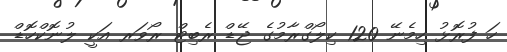
ހަ ފުރޮޅު ހިމެނޭ 120 ކިލޯގްރާމުގެ ޖޭޑް ރެބިޓް ރޯވަރ އަކީ ލުނޮކްހޮޑް